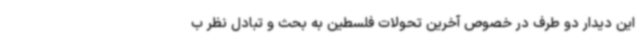
این دیدار دو طرف در خصوص آخرین تحولات فلسطین به بحث و تبادل نظر ب